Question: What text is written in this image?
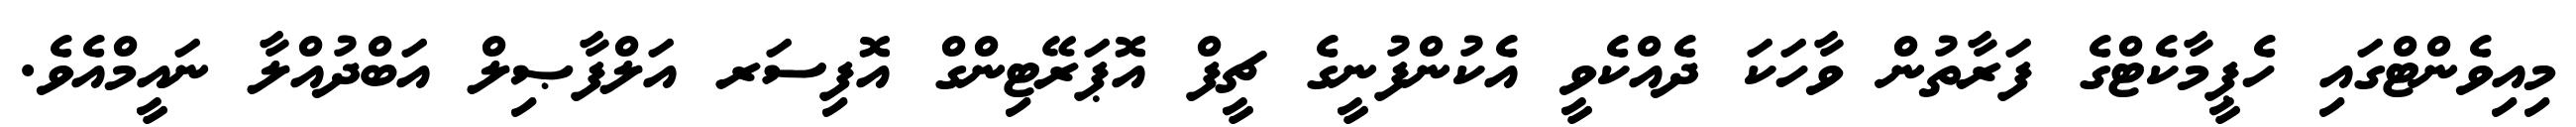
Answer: މިއިވެންޓްގައި ހެޕީމާކެޓްގެ ފަރާތުން ވާހަކަ ދެއްކެވީ އެކުންފުނީގެ ޗީފް އޮޕަރޭޓިންގް އޮފިސަރ އަލްފާޞިލް އަބްދުއްލާ ނައީމްއެވެ.